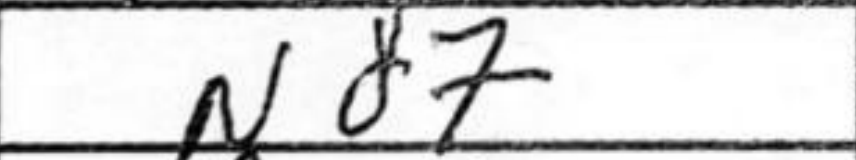
Transcription: Nd7